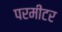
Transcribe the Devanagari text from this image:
परमीटर